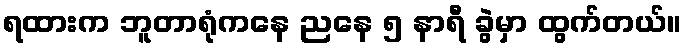
ရထားက ဘူတာရုံကနေ ညနေ ၅ နာရီ ခွဲမှာ ထွက်တယ်။